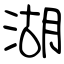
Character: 湖